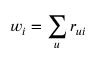
w _ { i } = \sum _ { u } r _ { u i }